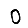
Digit: 0